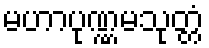
မဟာပုဏ္ဏမသုတ္တံ